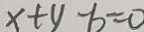
x + y - b = 0